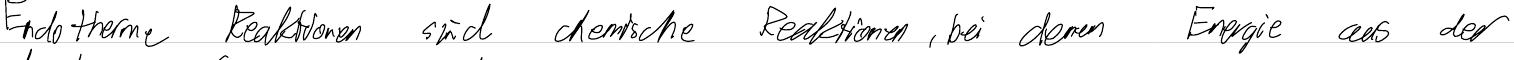
Endotherme Reaktionen sind chemische Reaktionen, bei denen Energie aus der